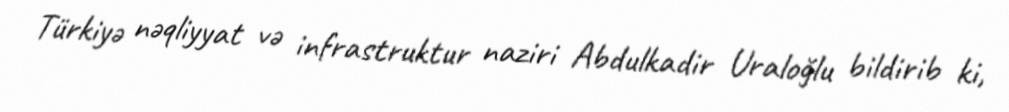
Türkiyə nəqliyyat və infrastruktur naziri Abdulkadir Uraloğlu bildirib ki,